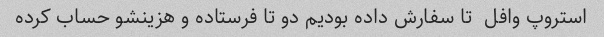
استروپ وافل  تا سفارش داده بودیم دو تا فرستاده و هزینشو حساب کرده